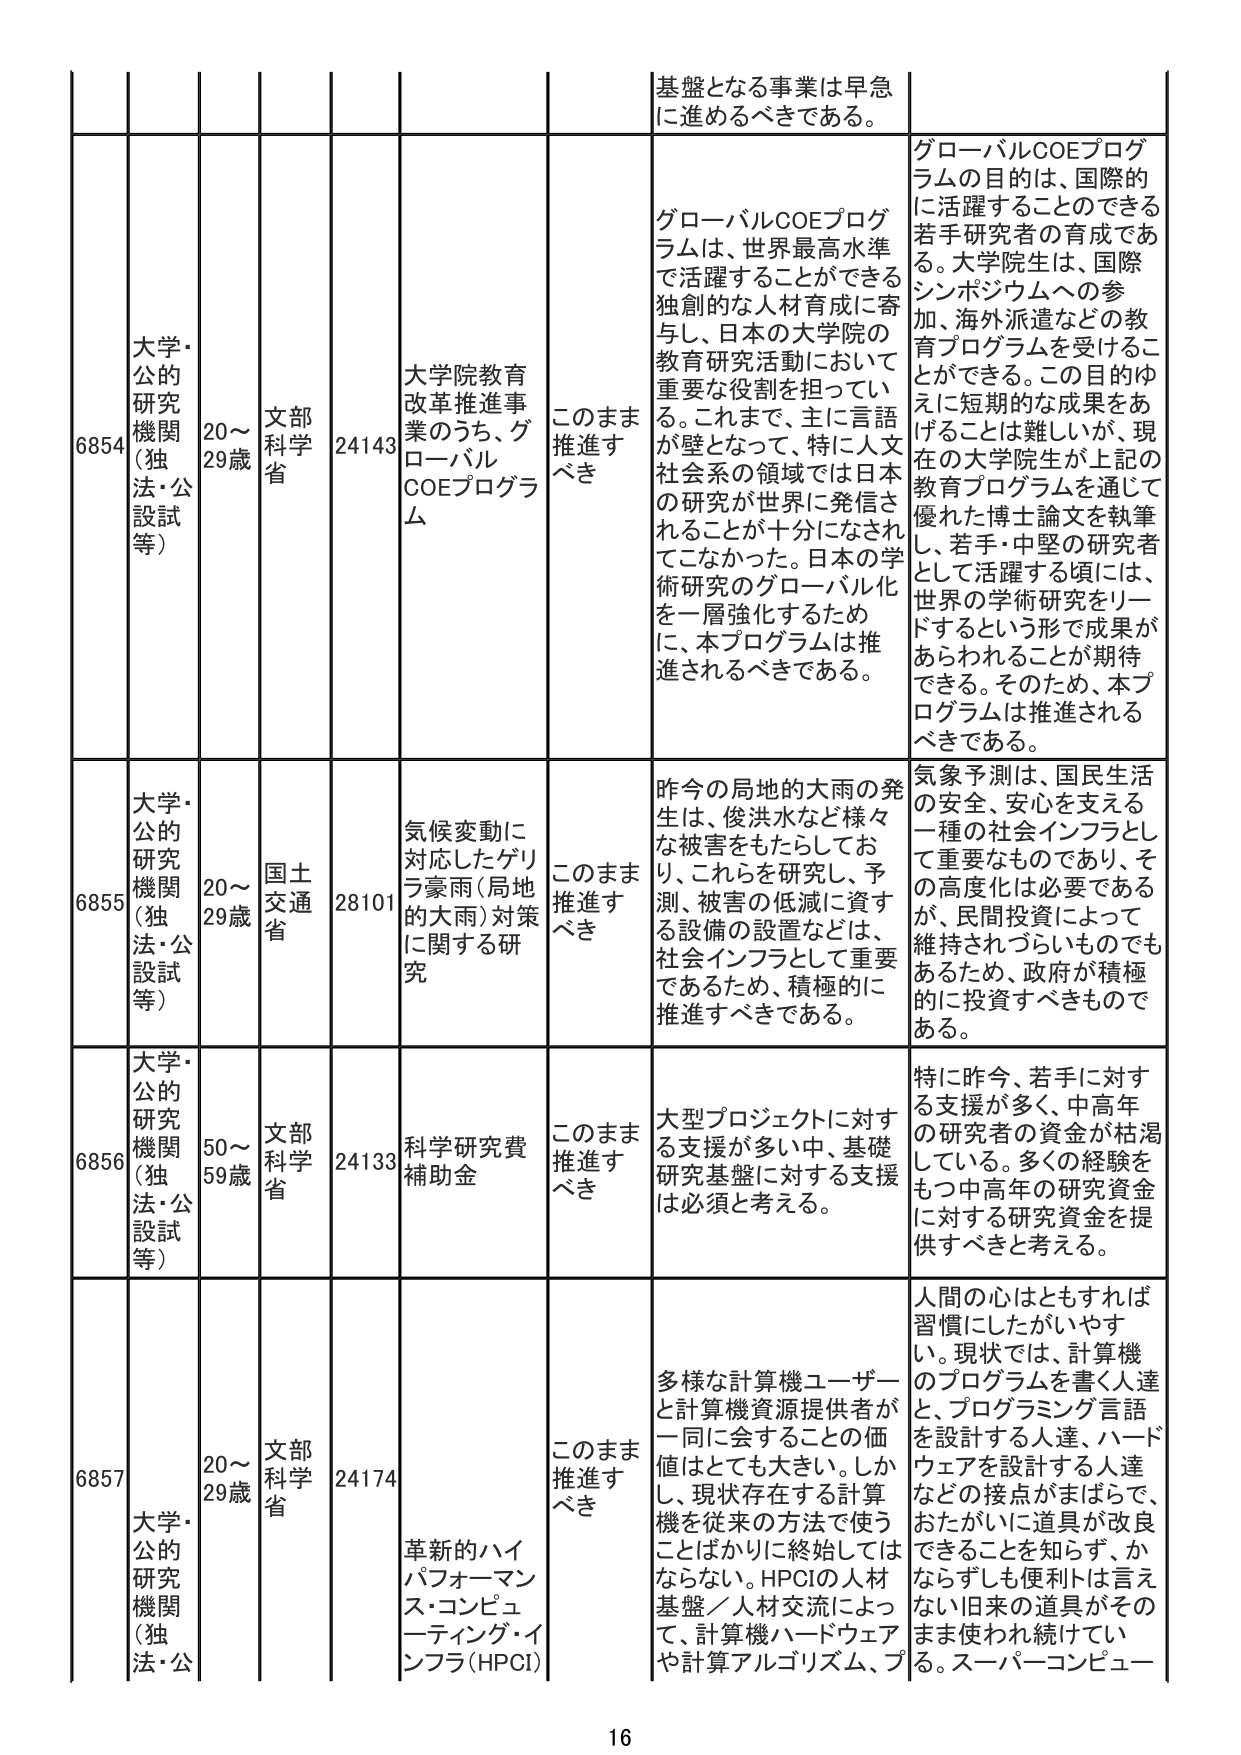
6854 大学・公的研究機関（独法・公設試等） 20～29歳 文部科学省 24143 大学院教育改革推進事業のうち、グローバルCOEプログラム このまま推進すべき 基盤となる事業は早急に進めるべきである。 グローバルCOEプログラムは、世界最高水準で活躍することができる独創的な人材育成に寄与し、日本の大学院の教育研究活動において重要な役割を担っている。これまで、主に言語が壁となって、特に人文社会系の領域では日本の研究が世界に発信されることが十分になされてこなかった。日本の学術研究のグローバル化を一層強化するために、本プログラムは推進されるべきである。 グローバルCOEプログラムの目的は、国際的に活躍することができる若手研究者の育成である。大学院生は、国際シンポジウムへの参加、海外派遣などの教育プログラムを受けることができる。この目的ゆえに短期的な成果をあげることは難しいが、現在の大学院生が上記の教育プログラムを通じて優れた博士論文を執筆し、若手・中堅の研究者として活躍する頃には、世界の学術研究をリードするという形で成果があらわれることが期待できる。そのため、本プログラムは推進されるべきである。

6855 大学・公的研究機関（独法・公設試等） 20～29歳 国土交通省 28101 気候変動に対応したゲリラ豪雨（局地的大雨）対策に関する研究 このまま推進すべき 昨今の局地的大雨の発生は、俊洪水など様々な被害をもたらしており、これらを研究し、予測、被害の低減に資する設備の設置などは、社会インフラとして重要であるため、積極的に推進すべきである。 気象予測は、国民生活の安全、安心を支える一種の社会インフラとして重要なものであり、その高度化は必要であるが、民間投資によって維持されづらいものでもあるため、政府が積極的に投資すべきものである。

6856 大学・公的研究機関（独法・公設試等） 50～59歳 文部科学省 24133 科学研究費補助金 このまま推進すべき 大型プロジェクトに対する支援が多い中、基礎研究基盤に対する支援は必須と考える。 特に昨今、若手に対する支援が多く、中高年の研究者の資金が枯渇している。多くの経験をもつ中高年の研究資金に対する研究資金を提供すべきと考える。

6857 大学・公的研究機関（独法・公設試等） 20～29歳 文部科学省 24174 革新的ハイパフォーマンス・コンピューティング・インフラ（HPCI） このまま推進すべき 多様な計算機ユーザーと計算機資源提供者が一同に会することの価値はとても大きい。しかし、現状存在する計算機を従来の方法で使うことばかりに終始してはならない。HPCIの人材基盤／人材交流によって、計算機ハードウェアや計算アルゴリズム、プ 人間の心はともすれば習慣にしたがいやすい。現状では、計算機のプログラムを書く人達と、プログラミング言語を設計する人達、ハードウェアを設計する人達などの接点がまばらで、おたがいに道具が改良できることを知らず、かならずしも便利とは言えない旧来の道具がそのまま使われ続けてい る。スーパーコンピュー

16